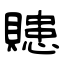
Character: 贃